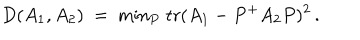
LaTeX: D ( A _ { 1 } , A _ { 2 } ) ~ = ~ \mathrm { m i n } _ { P } \; \mathrm { t r } ( A _ { 1 } - P ^ { + } A _ { 2 } P ) ^ { 2 } \, .